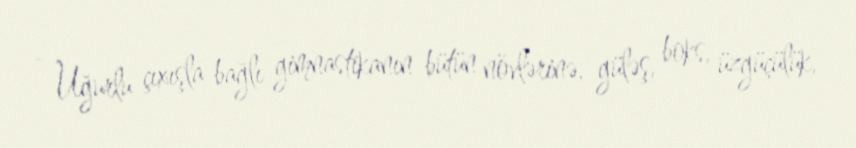
- Uğurlu çıxışla bağlı gimnastikanın bütün növlərinə, güləş, boks, üzgüçülük,